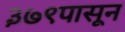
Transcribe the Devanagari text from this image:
३७९पासून